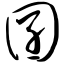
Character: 囝